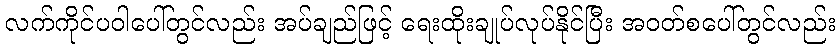
လက်ကိုင်ပဝါပေါ်တွင်လည်း အပ်ချည်ဖြင့် ရေးထိုးချုပ်လုပ်နိုင်ပြီး အဝတ်စပေါ်တွင်လည်း